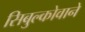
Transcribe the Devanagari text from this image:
सिबुल्कोवाने